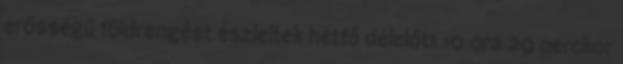
erősségű földrengést észleltek hétfő délelőtt 10 óra 29 perckor